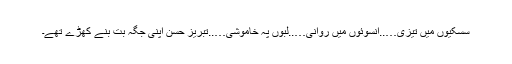
سسکیوں میں تیزی…..آنسوئوں میں روانی…..لبوں پہ خاموشی…..تبریز حسن اپنی جگہ بت بنے کھڑے تھے۔